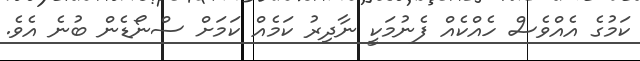
ކަމުގެ އެއްވެސް ހެއްކެއް ފެނުމަކީ ނާދިރު ކަމެއް ކަމަށް ސްނޯޑެން ބުނެ އެވެ.